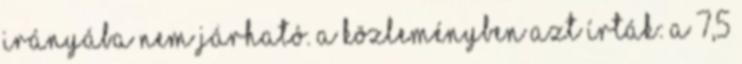
irányába nem járható. A közleményben azt írták: a 7,5